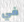
في